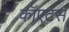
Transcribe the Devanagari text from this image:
कॉएटस